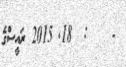
-    :  18